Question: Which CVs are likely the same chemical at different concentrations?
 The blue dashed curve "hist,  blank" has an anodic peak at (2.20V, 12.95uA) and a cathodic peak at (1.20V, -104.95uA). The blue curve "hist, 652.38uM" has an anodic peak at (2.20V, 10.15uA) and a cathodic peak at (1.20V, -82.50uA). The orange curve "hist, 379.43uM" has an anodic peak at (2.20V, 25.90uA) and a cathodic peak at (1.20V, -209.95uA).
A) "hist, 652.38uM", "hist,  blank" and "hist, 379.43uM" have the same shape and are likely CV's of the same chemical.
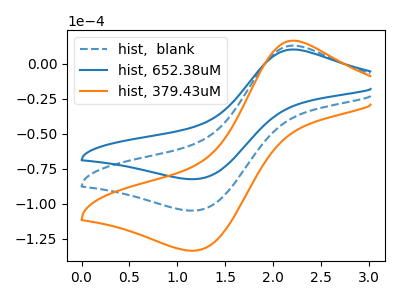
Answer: <think>All the peaks in "hist,  blank" have a peak in "hist, 652.38uM" at the same potential. Every peak in "hist,  blank" is higher than every peak in "hist, 652.38uM". All the peaks in "hist,  blank" have a peak in "hist, 379.43uM" at the same potential. Every peak in "hist,  blank" is lower than every peak in "hist, 379.43uM". All the peaks in "hist, 652.38uM" have a peak in "hist, 379.43uM" at the same potential. Every peak in "hist, 652.38uM" is lower than every peak in "hist, 379.43uM".
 </think>
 <answer>A) "hist, 652.38uM", "hist,  blank" and "hist, 379.43uM" have the same shape and are likely CV's of the same chemical.</answer>
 <eval>A</eval>